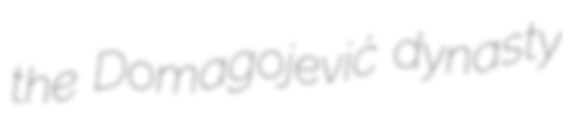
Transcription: the Domagojević dynasty